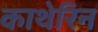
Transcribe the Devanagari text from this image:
काथेरिन